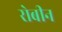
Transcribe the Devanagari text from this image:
रोबीन